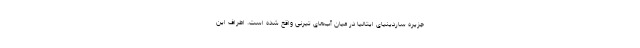
جزیره ساردینیای ایتالیا در میان آب‌های تیرنی واقع شده است. اطراف این